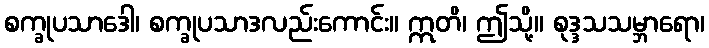
စက္ခုပသာဒေါ၊ စက္ခုပသာဒလည်းကောင်း။ ဣတိ၊ ဤသို့။ စုဒ္ဒသသမ္ဘာရော၊